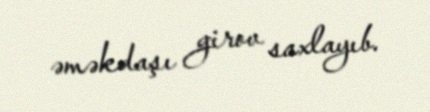
əməkdaşı girov saxlayıb.